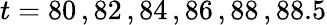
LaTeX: t=80\, ,82\, ,84\, ,86\, ,88\, ,88.5